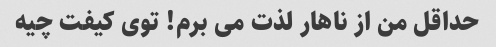
حداقل من از ناهار لذت می برم! توی کیفت چیه